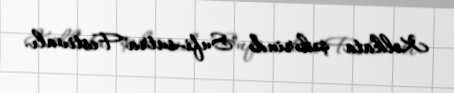
Kolkata şəhərində "Sufi-sutra"Festivalı.